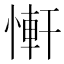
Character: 𢟑